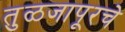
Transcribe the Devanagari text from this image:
तुळजापूरचे